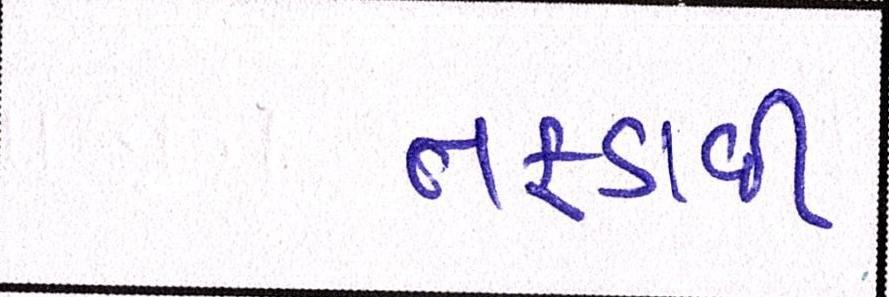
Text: તફડાવી